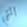
التي